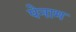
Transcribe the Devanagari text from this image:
पेनाम